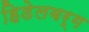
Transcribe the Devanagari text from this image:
हिडेलबर्ग